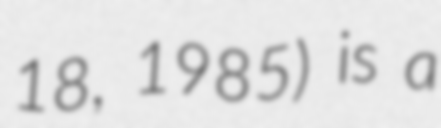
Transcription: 18, 1985) is a